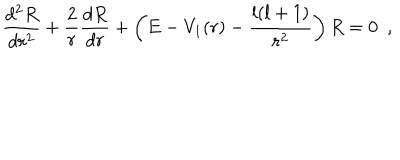
LaTeX: \frac { d ^ { 2 } R } { d r ^ { 2 } } + \frac { 2 } { r } \frac { d R } { d r } + \left( E - V _ { 1 } ( r ) - \frac { l ( l + 1 ) } { r ^ { 2 } } \right) R = 0 ~ ~ ,